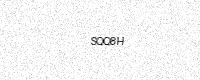
Text: SQQ8H